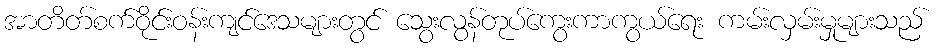
အာတိတ်စက်ဝိုင်းဝန်းကျင်ဒေသများတွင် သွေးလွန်တုပ်ကွေးကာကွယ်ရေး ကမ်းလှမ်းမှုများသည်